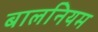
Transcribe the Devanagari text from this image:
बालनियम